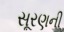
સૂરણની